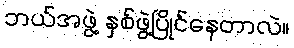
ဘယ်အဖွဲ့ နှစ်ဖွဲ့ပြိုင်နေတာလဲ။